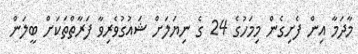
މާދަމާ އިން ފެށިގެން މިމަހުގެ 24 ގެ ނިޔަލަށް ޝައުގުވެރިވާ ފަރާތްތަކަށް ބީލަން